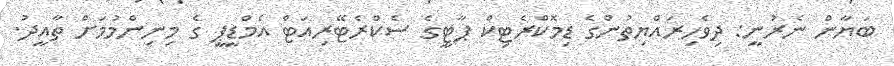
ބަޔާން ނެރުނީ: ދިވެހިރައްޔިތުންގެ ޑިމޮކްރެޓިކް ޕާޓީގެ ސެކްރެޓޭރިއަޓް އެމްޑީޕީ ގެ މިނިންމުމަށް ތާއީދު.